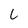
Character: L